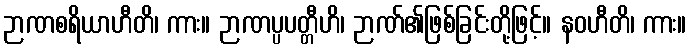
ဉာဏစရိယာဟီတိ၊ ကား။ ဉာဏပ္ပပတ္တီဟိ၊ ဉာဏ်၏ဖြစ်ခြင်းတို့ဖြင့်။ နဝဟီတိ၊ ကား။